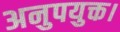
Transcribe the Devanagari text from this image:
अनुपयुक्त।